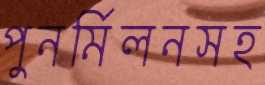
পুনর্মিলনসহ